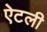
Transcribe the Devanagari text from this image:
ऐटली